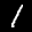
Label: 1